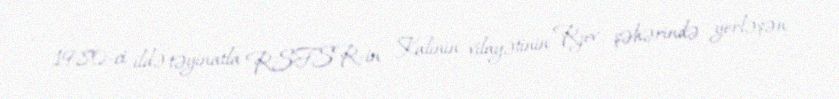
1980-ci ildə təyinatla RSFSR-in Kalinin vilayətinin Rjev şəhərində yerləşən